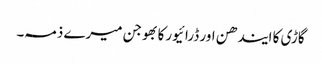
گاڑی کا ایندھن اور ڈرائیورکا بھوجن میرے ذمہ۔